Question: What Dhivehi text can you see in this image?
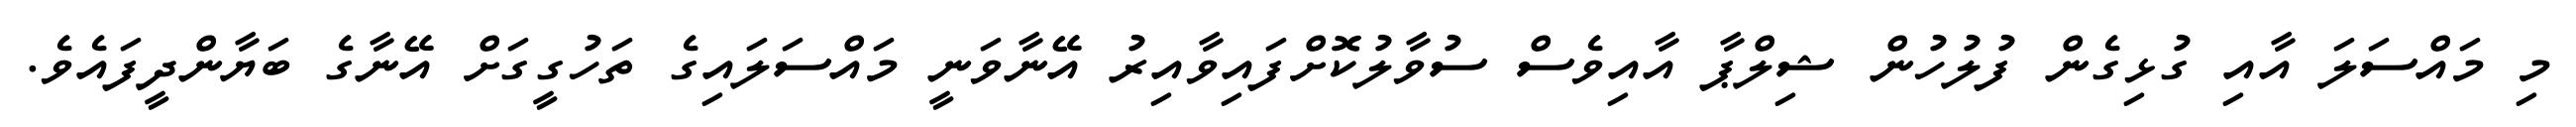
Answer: މި މައްސަލަ އާއި ގުޅިގެން ފުލުހުން ޝިލްޕާ އާއިވެސް ސުވާލުކޮށްފައިވާއިރު އޭނާވަނީ މައްސަލައިގެ ތަހުގީގަށް އޭނާގެ ބަޔާންދީފައެވެ.